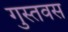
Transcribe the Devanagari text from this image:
गुस्तवस